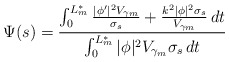
\begin{align*}\Psi(s) = \frac{ \int_0^{L_m^*} \frac{|\phi'|^2 V_{\gamma_m}}{\sigma_s} + \frac{k^2 |\phi|^2 \sigma_s}{V_{\gamma_m}} \,dt}{ \int_0^{L_m^*} |\phi|^2 V_{\gamma_m} \sigma_s \,dt}\end{align*}